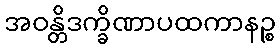
အဝန္တိဒက္ခိဏာပထကာနဉ္စ